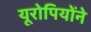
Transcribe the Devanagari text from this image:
यूरोपियोंने